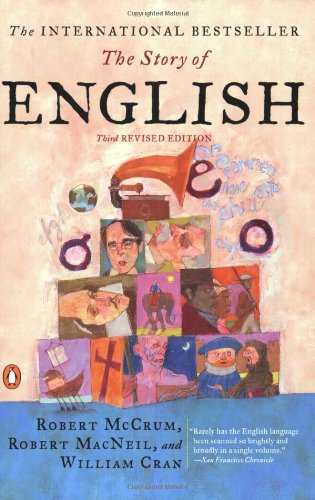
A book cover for The Story of English: Third Revised Edition; Robert McCrum; Reference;